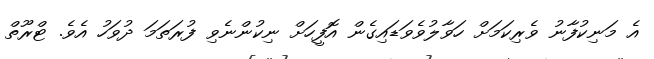
އެ މަނިކުފާނު ވެރިކަމަށް ހަވާލުވެވަޑައިގެން އޮފީހަށް ނިކުންނެވި ފުރަތަމަ ދުވަހު އެވެ. ޓްރޫތް